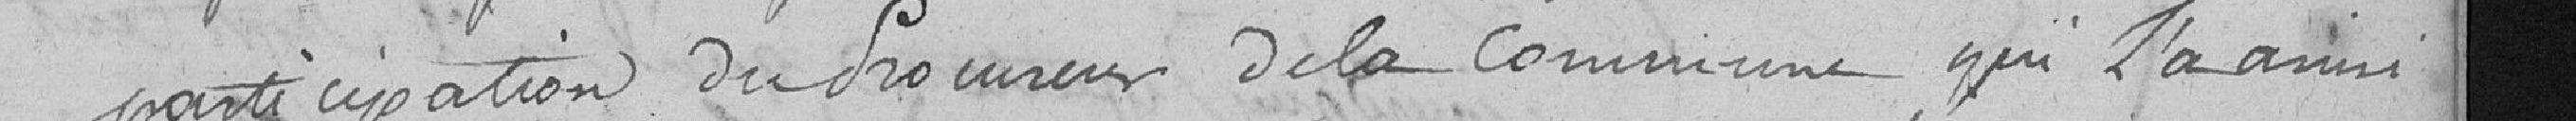
participation du Procureur de la Commune qui l'a ainsi